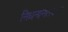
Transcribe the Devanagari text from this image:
निधनानंतरचा